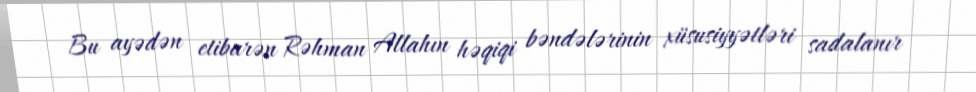
Bu ayədən etibarən Rəhman Allahın həqiqi bəndələrinin xüsusiyyətləri sadalanır